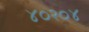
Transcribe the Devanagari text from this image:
४०२०४